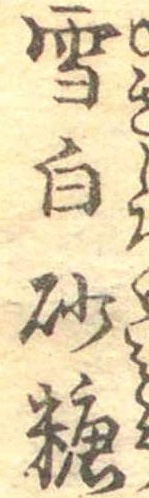
雪白砂糖